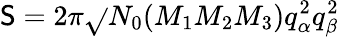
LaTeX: \mathsf{S}=2\pi\sqrt{}{{N_{0}(M_{1}M_{2}M_{3})q_{\alpha}^{2}q_{\beta}^{2}}}